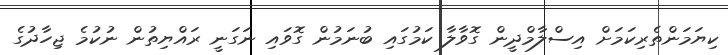
ކިޔަމަންތެރިކަމަށް އިސްލާމްދީން ގޮވާލާ ކަމުގައި ބުނަމުން ގޮވައި ނަގަނީ ރައްޔިތުން ނުކުމެ ޖިހާދުގެ